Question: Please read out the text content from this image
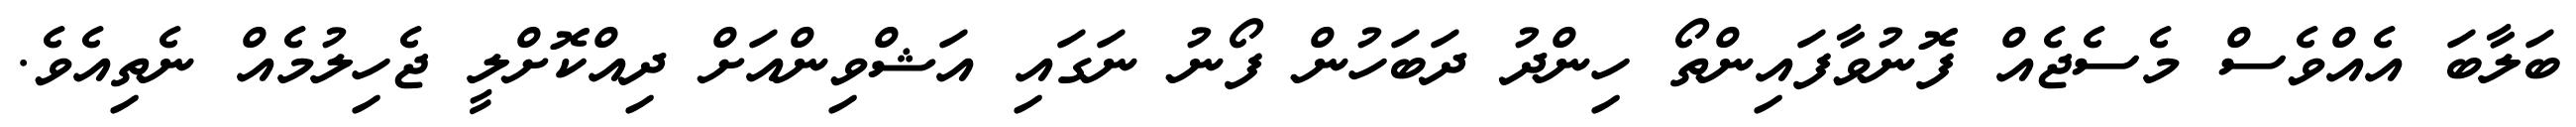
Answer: ބަލާބަ އެއްވެސް މެސެޖެއް ފޮނުވާފައިންތޯ ހިންދު ދަބަހުން ފޯނު ނަގައި އަޝްވިންއަށް ދިއްކޮށްލީ ޖެހިލުމެއް ނެތިއެވެ.